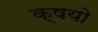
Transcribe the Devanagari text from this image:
क्षयो